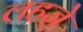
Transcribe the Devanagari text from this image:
लहजे़